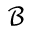
\mathcal { B }